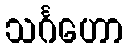
သင်္ဂဟော